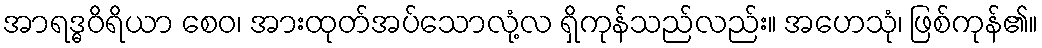
အာရဒ္ဓဝိရိယာ စေဝ၊ အားထုတ်အပ်သောလုံ့လ ရှိကုန်သည်လည်း။ အဟေသုံ၊ ဖြစ်ကုန်၏။